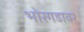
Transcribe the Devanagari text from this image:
भोरगडावर